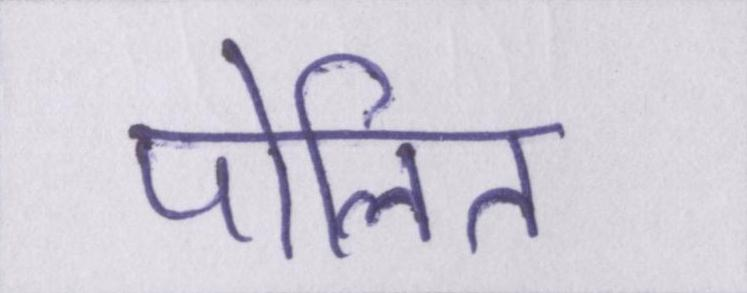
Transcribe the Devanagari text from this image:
पोलित